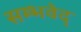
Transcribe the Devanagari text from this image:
सम्भवेद्